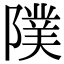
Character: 䧤